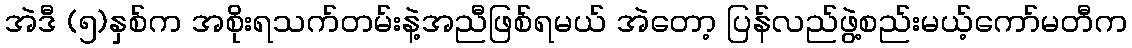
အဲဒီ (၅)နှစ်က အစိုးရသက်တမ်းနဲ့အညီဖြစ်ရမယ် အဲတော့ ပြန်လည်ဖွဲ့စည်းမယ့်ကော်မတီက